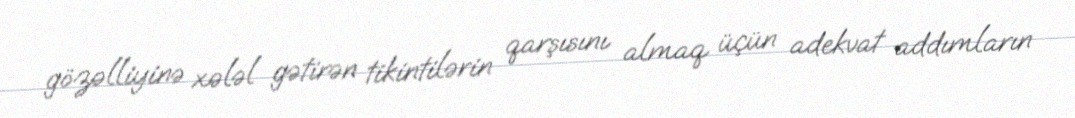
gözəlliyinə xələl gətirən tikintilərin qarşısını almaq üçün adekvat addımların